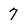
Character: 7